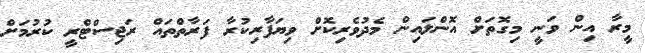
މީރާ އިން ވަނީ މިގޮތަށް އޮންލައިން މެދުވެރިކޮށް ވިޔަފާރިކުރާ ފަރާތްތައް ރަޖިސްޓްރީ ކުރުމަށް